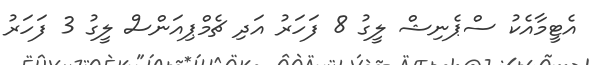
އެޓީމާއެކު ސްޕެނިޝް ލީގު 8 ފަހަރު އަދި ޗެމްޕިއަންސް ލީގު 3 ފަހަރު